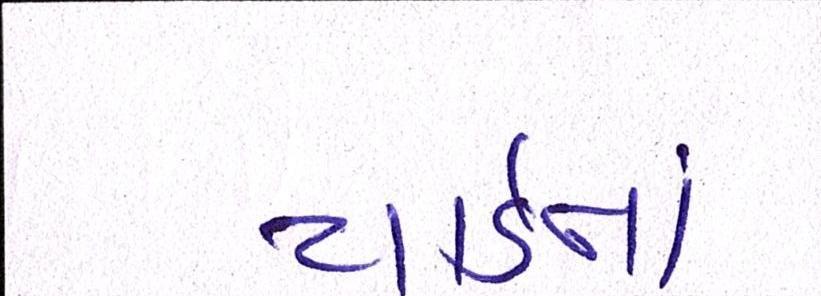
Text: યાર્ડનાં